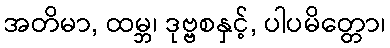
အတိမာ, ထမ္ဘ၊ ဒုဗ္ဗစနှင့်, ပါပမိတ္တော၊